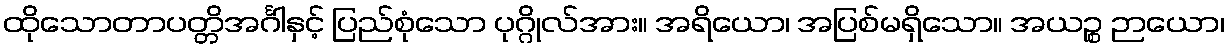
ထိုသောတာပတ္တိအင်္ဂါနှင့် ပြည်စုံသော ပုဂ္ဂိုလ်အား။ အရိယော၊ အပြစ်မရှိသော။ အယဉ္စ ဉာယော၊